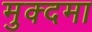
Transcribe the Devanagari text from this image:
मुक्दमा